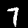
Label: 7